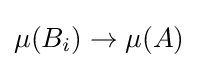
\mu (B_{i})\to \mu (A)